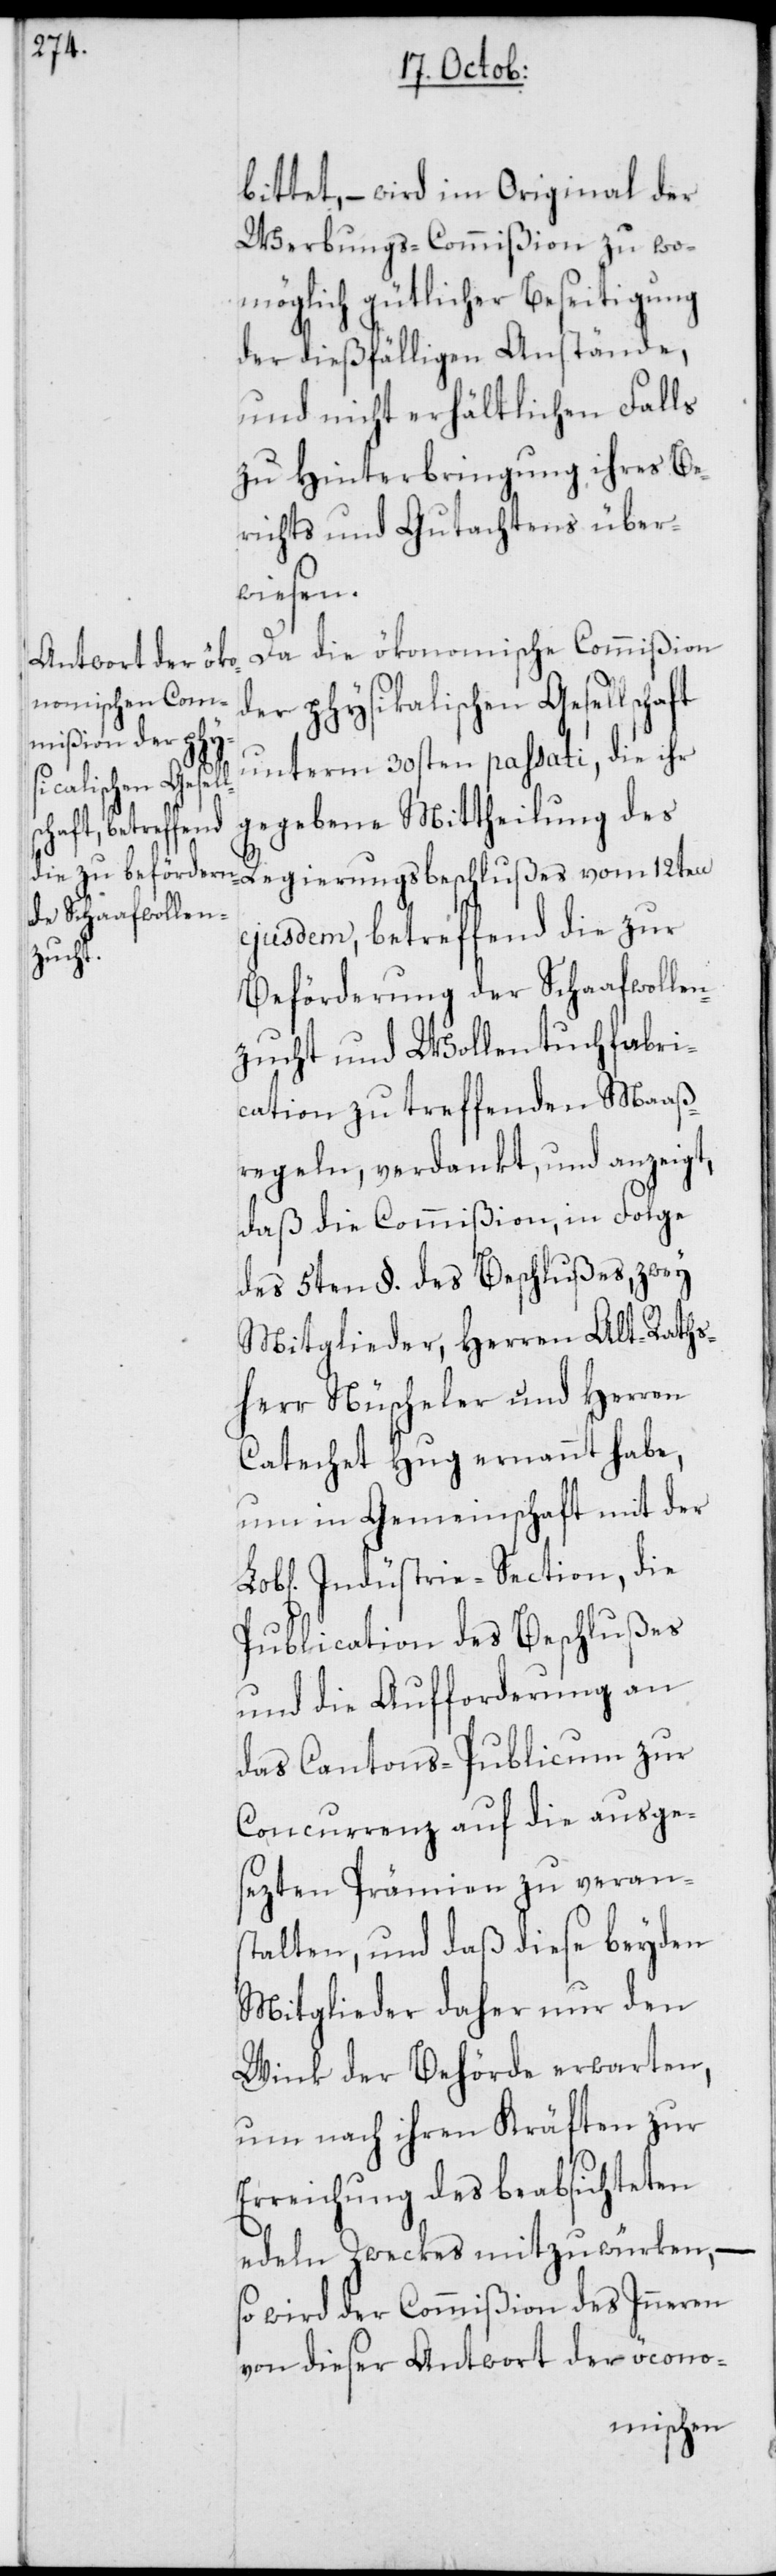
bittet, – wird im Original der
Werbungs-Commißion zu wo¬
möglich gütlicher Beseitigung
der dießfälligen Anstände,
und nicht erhältlichen Falls
zu Hinterbringung ihres Be¬
richts und Gutachtens über¬
wiesen.
Da die ökonomische Commißion
der physikalischen Gesellschaft
unterm 30sten passati, die ihr
gegebene Mittheilung des
Regierungsbeschlußes vom 12ten
ejusdem, betreffend die zur
Beförderung der Schaafwollen¬
zucht und Wollentuchfabri¬
cation zu treffenden Maaß¬
regeln, verdankt, und anzeigt,
daß die Commißion, in Folge
des 5ten §. des Beschlußes, zwey
Mitglieder, Herren Alt-Raths¬
herr Nüscheler und Herren
Catechet Hug ernannt habe,
um in Gemeinschaft mit der
Industrie-Section, die
Publication des Beschlußes
und die Aufforderung an
das Cantons-Publicum zur
Concurrenz auf die ausge¬
sezten Prämien zu veran¬
stalten, und daß diese beyden
Mitglieder daher nur den
Wink der Behörde erwarten,
um nach ihren Kräften zur
Erreichung des beabsichteten
edeln Zweckes mitzuwürken, –
so wird der Commißion des Inneren
von dieser Antwort der öcono-